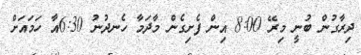
ދިރާގުން ބުނީ މިރޭ 8:00 އިން ފެށިގެން މާދަމާ ހެނދުނު 6:30އާ ހަމައަށް